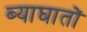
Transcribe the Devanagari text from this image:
ब्याघातों